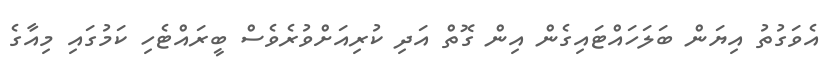
އެވަގުތު އިޔަން ބަލަހައްޓައިގެން އިން ގޮތް އަދި ކުރިއަށްވުރެވެސް ބީރައްޓެހި ކަމުގައި މިއާގެ